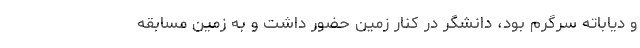
و دیاباته سرگرم بود، دانشگر در کنار زمین حضور داشت و به زمین مسابقه